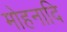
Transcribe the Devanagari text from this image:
मोहनादि